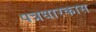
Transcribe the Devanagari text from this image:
पत्रधारकास